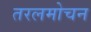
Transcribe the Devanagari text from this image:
तरलमोचन